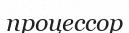
процессор